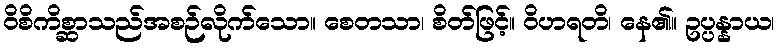
ဝိစိကိစ္ဆာသည်အစဉ်လိုက်သော။ စေတသာ၊ စိတ်ဖြင့်။ ဝိဟရတိ၊ နေ၏။ ဥပ္ပန္နာယ၊